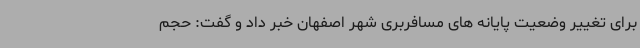
برای تغییر وضعیت پایانه های مسافربری شهر اصفهان خبر داد و گفت: حجم